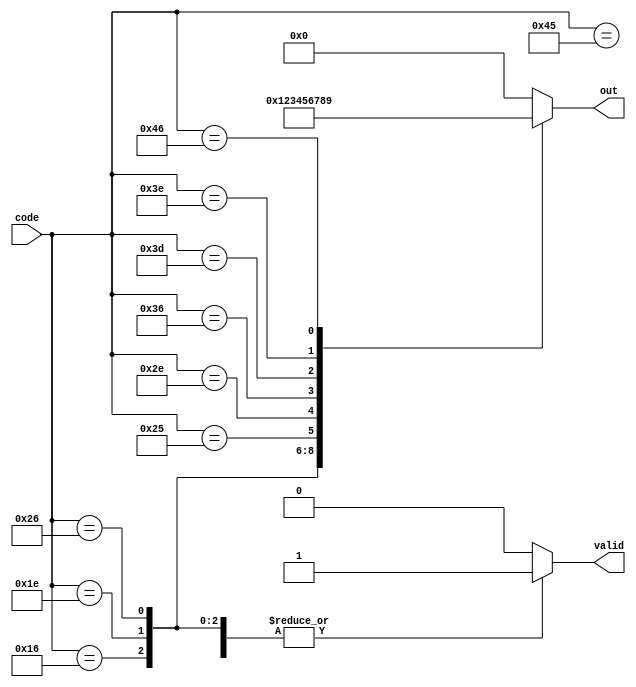
module top_module (
    input [7:0] code,
    output reg [3:0] out,
    output reg valid );//

    always @(*) begin
        case (code)
            8'h45:begin 
                out   = 0;
                valid = 1;
            end
            8'h16: begin
                out = 1;
                valid = 1;
            end
            8'h1e: begin
                out = 2;
                valid = 1;
            end
            8'h26: begin
                out = 3;
                valid = 1;
            end
            8'h25: begin
                out = 4;
              	valid = 1;
            end
            8'h2e: begin
                out = 5;
                valid = 1;
            end
            8'h36: begin
                out = 6;
                valid = 1;
            end
            8'h3d: begin
                out = 7;
                valid = 1;
            end
            8'h3e: begin
                out = 8;
                valid = 1; 
            end
            8'h46: begin 
                out = 9;
                valid = 1;
            end
            default: begin
                valid = 0;
            	out   = 0;
            end
        endcase
    end

endmodule